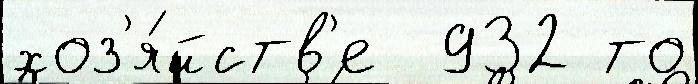
хоз'я́йств'е  932 то